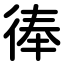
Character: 𢔓